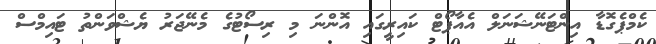
ކެމްޕެގޮޑާ އިންޓަނޭޝަނަލް އެއާޕޯޓް ކައިރީގައި އޮންނަ މި ރިސޯޓުގެ މެނޭޖަރު ޔެޝްވަންތު ޓައިމްސް